Scottish Certificate of Education, 1962
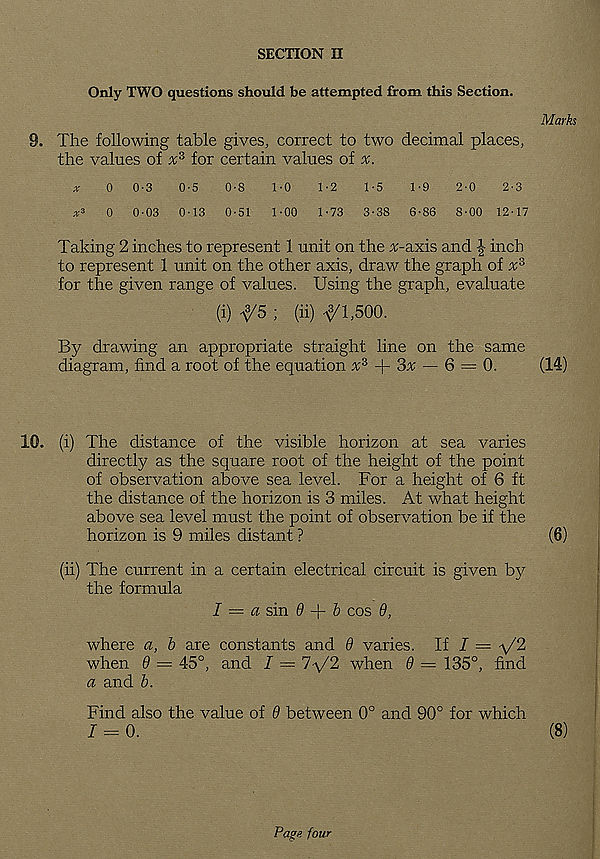
SECTION II
Only TWO questions should be attempted from this Section.
Marks
9. The following table gives, correct to two decimal places,
the values of x* for certain values of x.
x
0 0-3
0-5
0-8
1-0
1-2
1-5
1-9
2-0
2-3
,r 3 0 0-03 0-13 0-51 1-00 1-73 3-38 6-86 8-00 12-17
Taking 2 inches to represent 1 unit on the v-axis and \ inch
to represent 1 unit on the other axis, draw the graph of x 3
for the given range of values. Using the graph, evaluate
(i) ^5 ; (ii) -^1,500.
By drawing an appropriate straight line on the same
diagram, find a root of the equation x 3
3x — 6 — 0.
(14)
10. (i) The distance of the visible horizon at sea varies
directly as the square root of the height of the point
of observation above sea level. For a height of 6 ft
the distance of the horizon is 3 miles. At what height
above sea level must the point of observation be if the
horizon is 9 miles distant ?
(ii) The current in a certain electrical circuit is given by
the formula
I = a sin 9 + b cos 9,
where a, b are constants and 9 varies. If I = \/2
when 9 = 45°, and I — 1-\J2 when 9 = 135°, find
a and b.
Find also the value of 9 between 0° and 90° for which
7 = 0.
(8)
Page fow